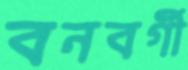
বনবর্গী